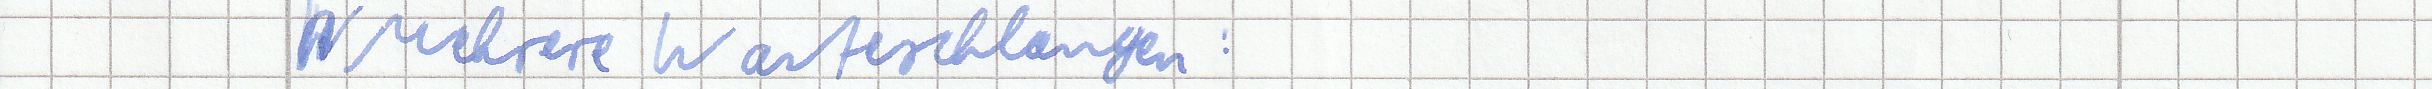
Mehrere Warteschlangen :